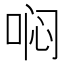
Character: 𱒶